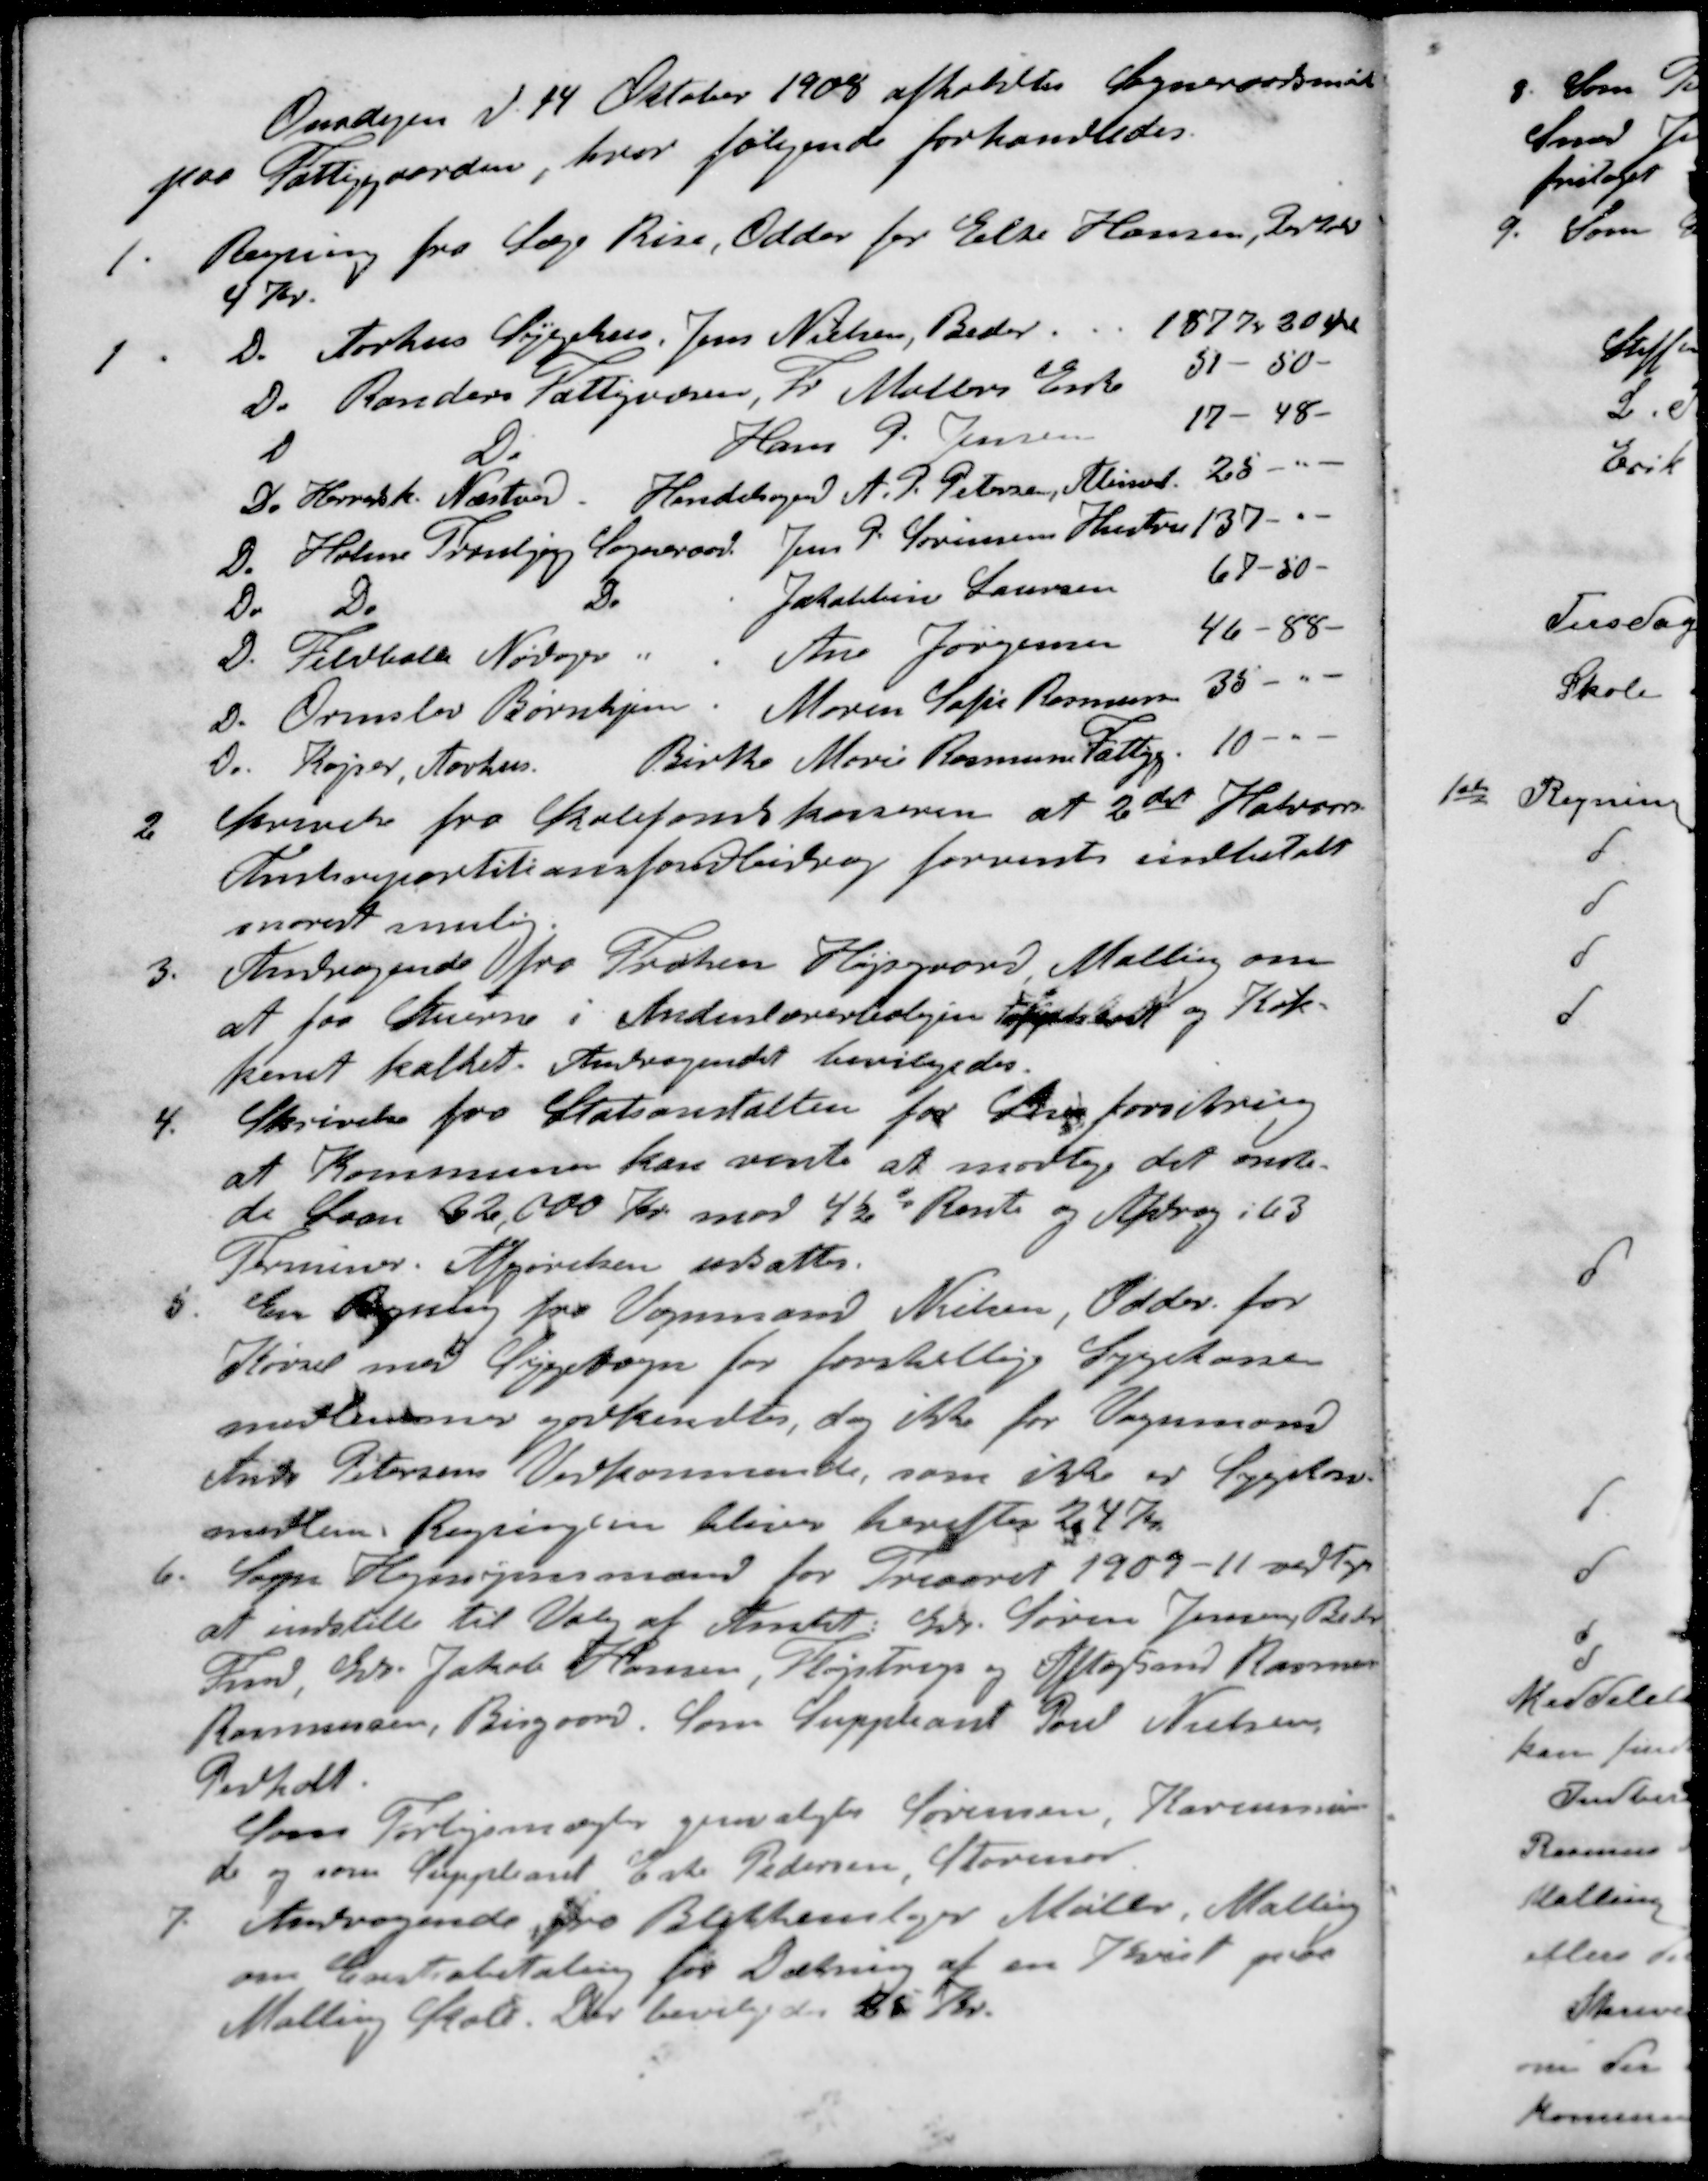
Transskription:
Onsdagen d. 14 Oktober 1908 afholdtes Sogneraadsmøde
paa Fattiggaarden, hvor følgende forhandledes.
1. Regning fra Læge Rise, Odder for Else Hansen, Pedholt
4 Kr.
1. D. Aarhus Sygehus, Jens Nielsen, Beder. 187 Kr 30 Øre
D. Randers Fattigvæsen, Fr. Møllers Enke 51 - 50 -
D. D Hans P. Jensen 17 - 48
D. Herredsk. Næstved. Handelsagent A. P. Petersen, Aliment 25 -
D. Holme Tranbjerg Sogneraad Jens P. Sørensens Hustru 137 - 
Do Do Do Jakobine Laursen 67-50 -
D. Feldballe Nødager " Ane Jørgensen 46-88.
D. Ormslev Børnehjem. Maren Sofie Rasmussen 35 - 
D. Kajser, Aarhus. Birthe Marie Rasmusse Fattig. 10 - -
2. Skrivelse fra Skolefondskasseren at 2det Halvaar
Amtsrepartitionsfondbidrag forventes indbetalt
snarest mulig
3. Andragende fra Frøken Højsgaard Malling om
at faa Stuerne i Andenlærerboligen Tapetseret og Køk-
kenet kalket. Andragendet bevilgedes.
4. Skrivelse fra Statsanstalten for Livsforsikring
at Kommunen kan vente at modtage det ønske-
de Laan 32,000 Kr. mod 4½% Rente og Afdrag i 63
Terminer. Afgørelsen udsattes.
5. En Regning fra Vognmand Nielsen, Odder for
Kørsel med Sygevogn for forskellige Sygekasse-
medlemmer godkendtes, dog ikke for Vognmand
Andr Petersens Vedkommende, som ikke er Sygekasse-
medlem Regningen bliver herefter 247 Kr.
6. Som Hensynsmænd for Treaaret 1909-11 vedtoges
at indstille til Valg af Amtet: Gdr. Søren Jensen, Beder
Fmd, Gdr. Jakob Hansen, Fløjstrup og Aftægtsmd Rasmus
Rasmusen, Bisgaard. Som Suppleant Poul Nielsen,
Pedholt.
Som Forligsmægler genvalgtes Sørensen, Karensmin-
de og som Suppleant Eske Pedersen Storenor
7. Andragende fra Blikkenslager Møller, Malling
om Exstrabetaling for Dækning af en Kvist paa
Malling Skole. Der bevilgedes 25 Kr.